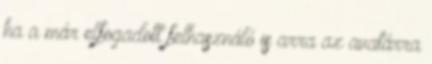
ha a már elfogadott felhasználó is arra az avatárra